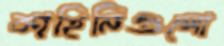
কাহিনিগুলো